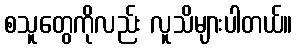
စသူတွေကိုလည်း လူသိများပါတယ်။